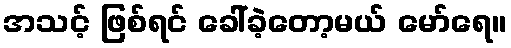
အသင့် ဖြစ်ရင် ခေါ်ခဲ့တော့မယ် မော်ရေ။